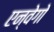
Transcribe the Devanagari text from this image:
एन्वेगो